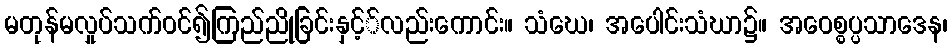
မတုန်မလှုပ်သက်ဝင်၍ကြည်ညိုခြင်းနှင့််လည်းကောင်း။ သံဃေ၊ အပေါင်းသံဃာ၌။ အဝေစ္စပ္ပသာဒေန၊